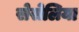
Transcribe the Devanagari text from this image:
सेसेलिया